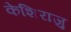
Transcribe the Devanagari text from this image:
केशिराजु